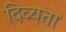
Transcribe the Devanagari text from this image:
दिव्‍यता